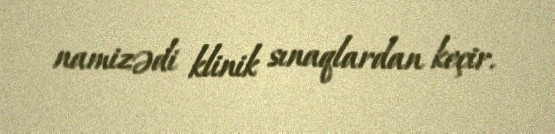
namizədi klinik sınaqlardan keçir.